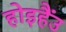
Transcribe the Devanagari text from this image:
होइहैंउ